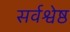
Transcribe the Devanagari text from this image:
सर्वश्वेष्ठ